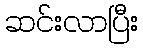
ဆင်းလာပြီး